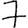
Digit: 7